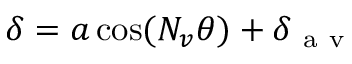
\delta = a \cos ( N _ { v } \theta ) + \delta _ { \mathrm { ~ a ~ v ~ } }